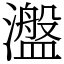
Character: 瀊